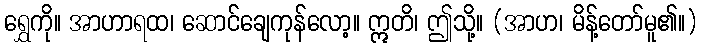
ရွှေကို။ အာဟာရထ၊ ဆောင်ချေကုန်လော့။ ဣတိ၊ ဤသို့။ (အာဟ၊ မိန့်တော်မူ၏။)